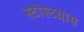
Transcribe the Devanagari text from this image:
स्टील्टग्रास